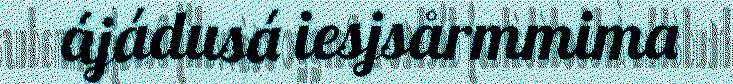
ájádusá iesjsårmmima